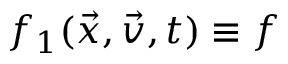
f _ { 1 } ( \vec { x } , \vec { v } , t ) \equiv f